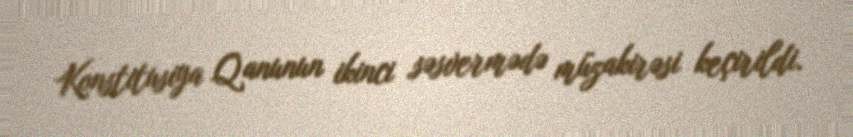
Konstitusiya Qanunun ikinci səsvermədə müzakirəsi keçirildi.